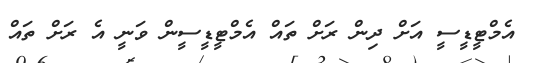
އެމްޓީޑީސީ އަށް ދިން ރަށް ތައް އެމްޓީޑީސީން ވަނީ އެ ރަށް ތައް